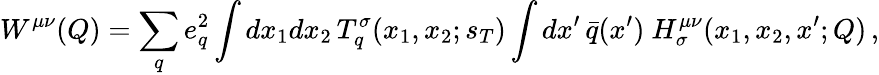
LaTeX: W^{\mu\nu}(Q)=\sum_{q}e_{q}^{2}\int dx_{1}dx_{2}\, T_{q}^{\sigma}(x_{1},x_{2};s_{T})\int dx^{\prime}\, \bar{q}(x^{\prime})\ H_{\sigma}^{\mu\nu}(x_{1},x_{2},x^{\prime};Q)\, ,